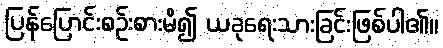
ပြန်ပြောင်းစဉ်းစားမိ၍ ယခုရေးသားခြင်းဖြစ်ပါ၏။